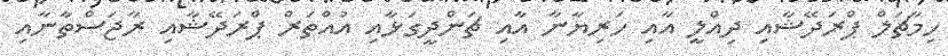
ހިމާޗަލް ޕްރަދޭޝާއި ދިއްލީ އާއި ހަރިޔާނާ އާއި ޗަންދީގަޅާއި އުއްތަރް ޕްރަދޭޝާއި ރާޖަސްތާނާއި